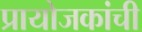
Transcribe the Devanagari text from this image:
प्रायोजकांची